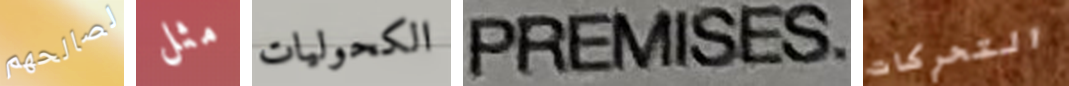
لصالحهم مثل الكحوليات PREMISES التحركات